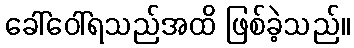
ခေါ်ဝေါ်ရသည်အထိ ဖြစ်ခဲ့သည်။